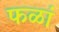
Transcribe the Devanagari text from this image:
फळां